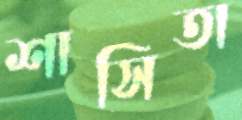
শাসিতা